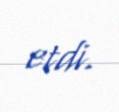
etdi.